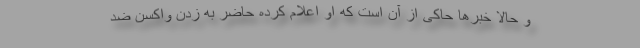
و حالا خبرها حاکی از آن است که او اعلام کرده حاضر به زدن واکسن ضد